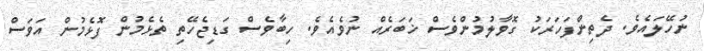
ނުހޭލައެވެ. ދެތިންފަހަރަކު ގޮވާލުމުންވެސް ޚަބަރެއް ނުވެއެވެ. ހިބާވެސް ގަޑިޖެހޭތި ތެޅެމުން ފޮޅެމުން އަވަސް